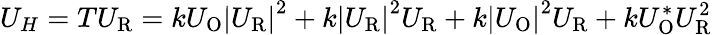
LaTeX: U_{H}=TU_{\mathrm{R}}=kU_{\mathrm{O}}\left|U_{\mathrm{R}}\right|^{2}+k\left|U_{\mathrm{R}}\right|^{2}U_{\mathrm{R}}+k\left|U_{\mathrm{O}}\right|^{2}U_{\mathrm{R}}+kU_{\mathrm{O}}^{*}U_{\mathrm{R}}^{2}